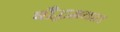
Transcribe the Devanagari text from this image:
बौद्धमतात